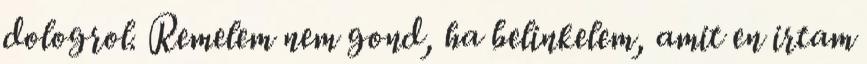
dologrol. Remelem nem gond, ha belinkelem, amit en irtam